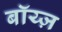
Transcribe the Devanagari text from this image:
बॉय्ज़